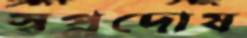
স্বপ্নদোষ